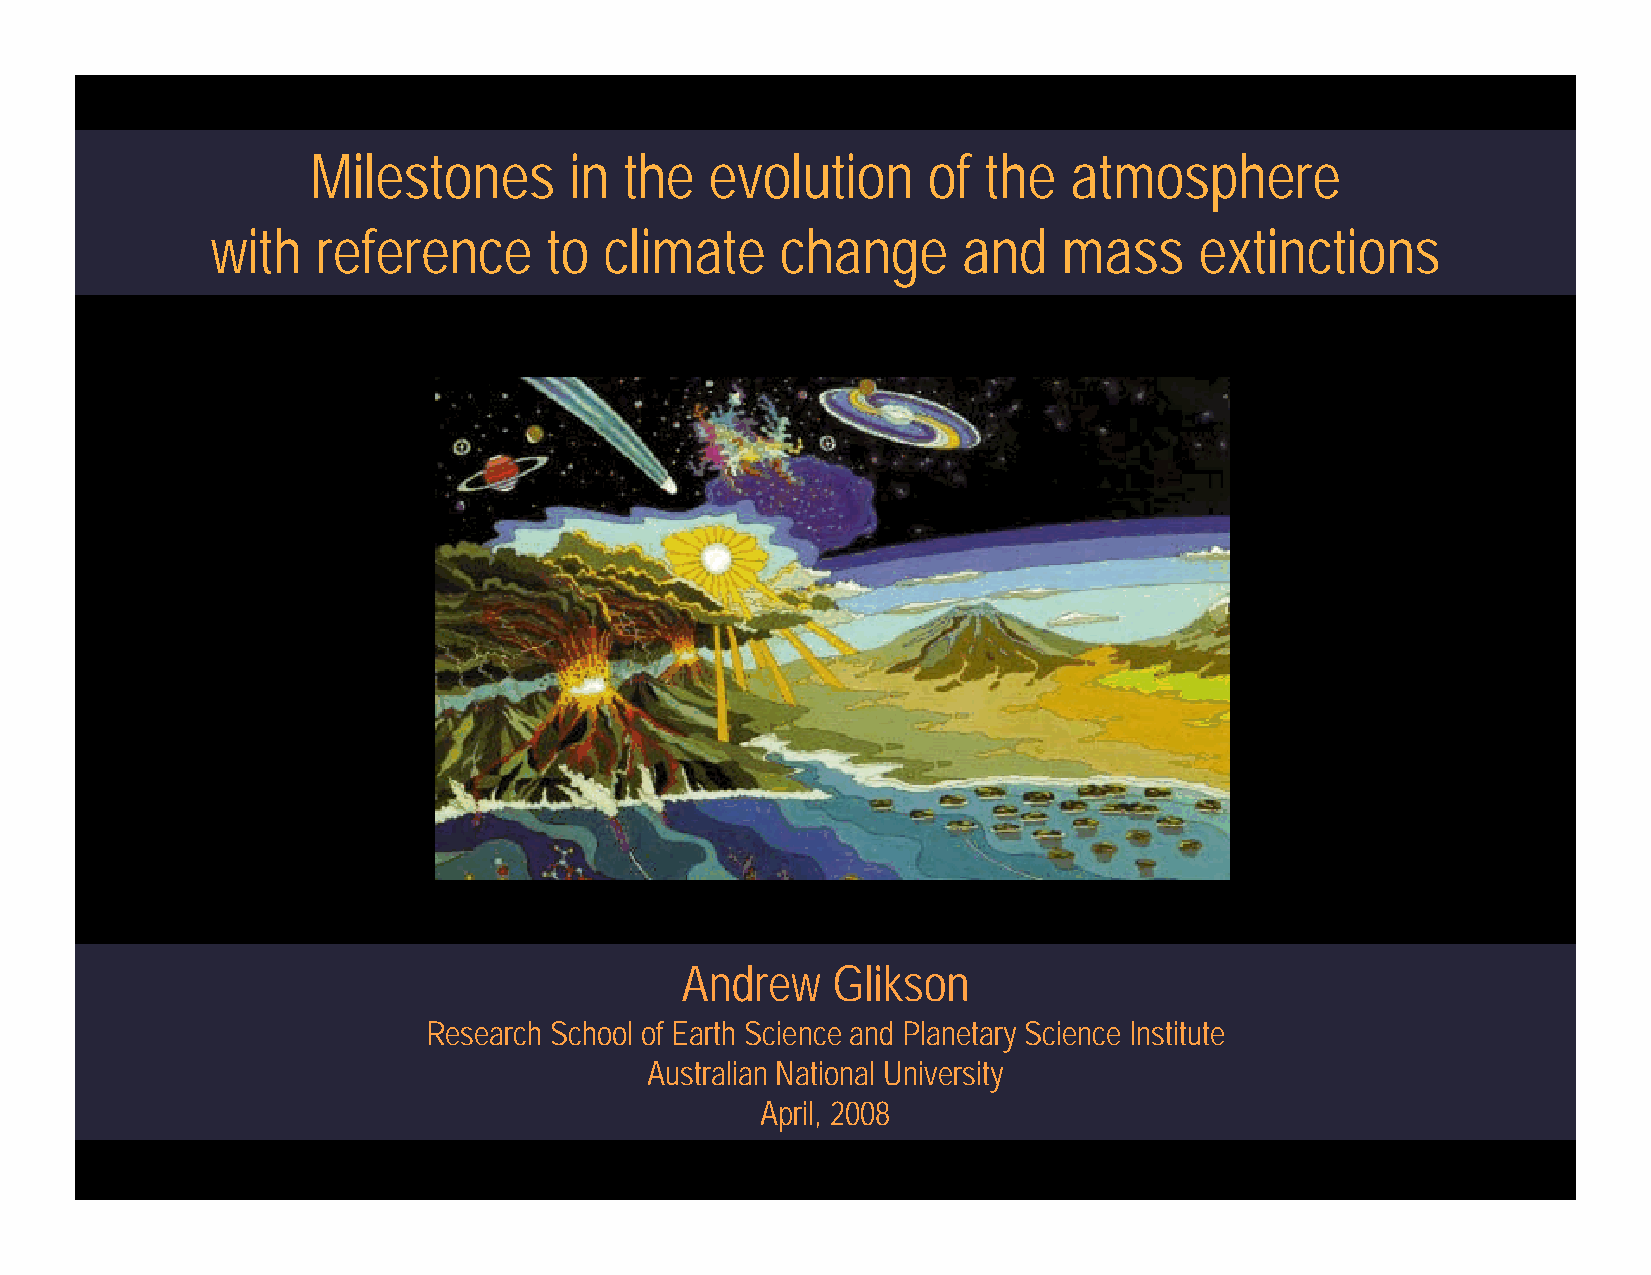
Milestones       in the   evolution     of  the   atmosphere
 with   reference      to  climate     change      and   mass     extinctions
 Andrew    Glikson
 Research School of Earth Science and Planetary Science Institute
 Australian National University
 April, 2008